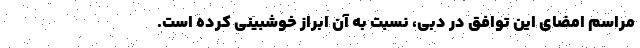
مراسم امضای این توافق در دبی، نسبت به آن ابراز خوشبینی کرده است.